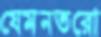
যেমনতরো